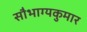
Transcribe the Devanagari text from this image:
सौभाग्यकुमार